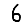
Digit: 6